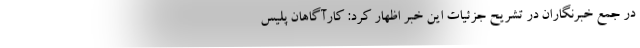
در جمع خبرنگاران در تشریح جزئیات این خبر اظهار کرد: کارآگاهان پلیس